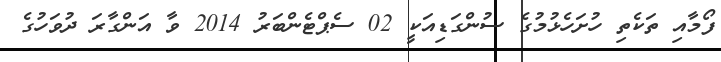
ފޯމާއި ތަކެތި ހުށަހެޅުމުގެ ސުންގަޑިއަކީ 02 ސެޕްޓެންބަރު 2014 ވާ އަންގާރަ ދުވަހުގެ